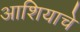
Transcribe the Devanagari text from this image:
आशियाचे